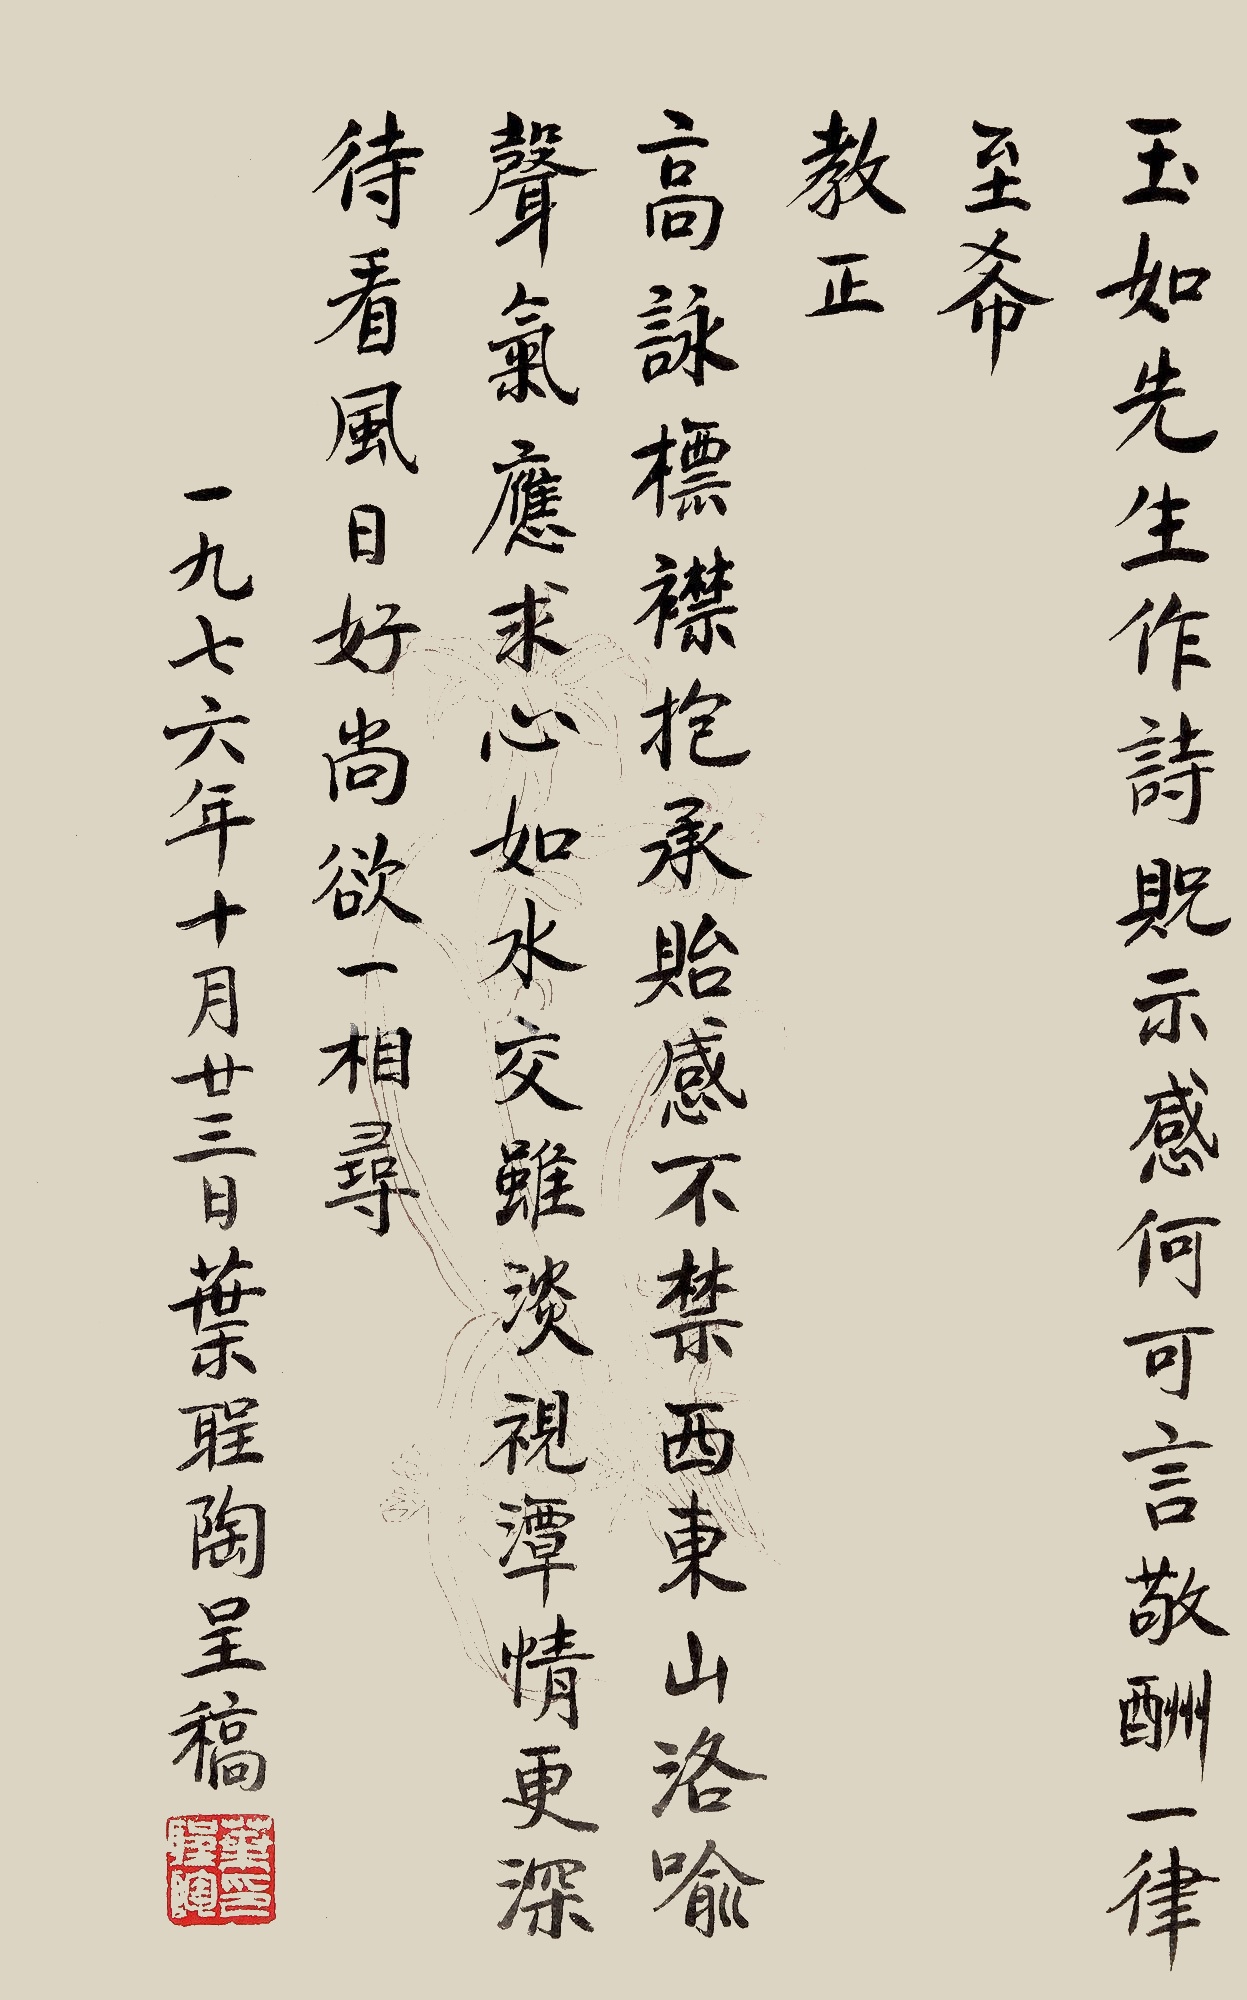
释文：玉如先生作诗贶示，感何可言，敬酬一律，至希教正。高咏标襟抱，承贻感不禁。西东山洛喻，声气应求心。如水交虽淡，视潭情更深。待看风日好，尚欲一相寻。一九七六年十月廿三日，叶圣陶呈稿。